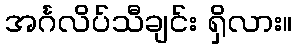
အင်္ဂလိပ်သီချင်း ရှိလား။